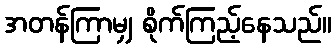
အတန်ကြာမျှ စိုက်ကြည့်နေသည်။